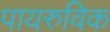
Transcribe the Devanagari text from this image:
पायरुविक